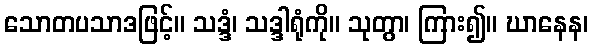
သောတပသာဒဖြင့်။ သဒ္ဒံ၊ သဒ္ဒါရုံကို။ သုတွာ၊ ကြား၍။ ဃာနေန၊